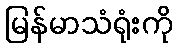
မြန်မာသံရုံးကို